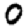
Digit: 0